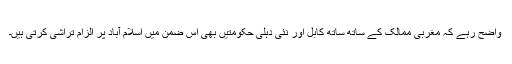
واضح رہے کہ مغربی ممالک کے ساتھ ساتھ کابل اور نئی دہلی حکومتیں بھی اس ضمن میں اسلام آباد پر الزام تراشی کرتی ہیں۔